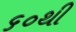
૬૦થી